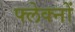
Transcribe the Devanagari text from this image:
फ्लेक्नों